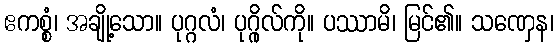
ဧကစ္စံ၊ အချို့သော။ ပုဂ္ဂလံ၊ ပုဂ္ဂိုလ်ကို။ ပဿာမိ၊ မြင်၏။ သဏှေန၊